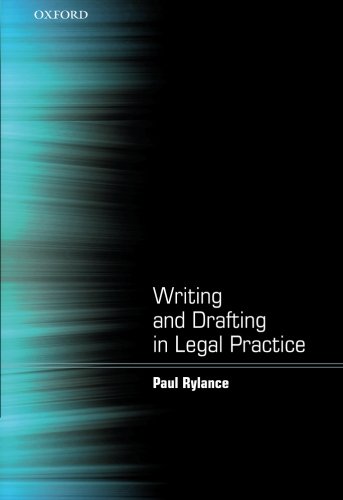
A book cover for Writing and Drafting in Legal Practice; Paul Rylance; Law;